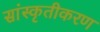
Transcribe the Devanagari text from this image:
सांस्कृतीकरण